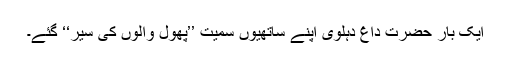
ایک بار حضرت داغ دہلوی اپنے ساتھیوں سمیت ’’پھول والوں کی سیر‘‘ گئے۔